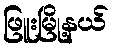
ဖြူးမြို့နယ်